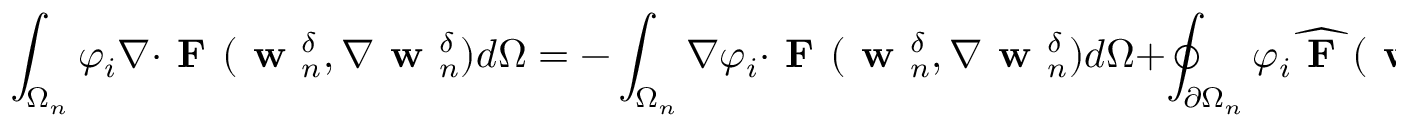
\int _ { \Omega _ { n } } \varphi _ { i } \nabla \cdot \textbf { F } ( \textbf { w } _ { n } ^ { \delta } , \nabla \textbf { w } _ { n } ^ { \delta } ) d \Omega = - \int _ { \Omega _ { n } } \nabla \varphi _ { i } \cdot \textbf { F } ( \textbf { w } _ { n } ^ { \delta } , \nabla \textbf { w } _ { n } ^ { \delta } ) d \Omega + \oint _ { \partial \Omega _ { n } } \varphi _ { i } \widehat { \textbf { F } } ( \textbf { w } _ { n } ^ { \delta , + } , \textbf { w } _ { n } ^ { \delta , - } , \nabla \textbf { w } _ { n } ^ { \delta , + } , \nabla \textbf { w } _ { n } ^ { \delta , - } , \widehat { \textbf { m } } ) d S ,